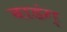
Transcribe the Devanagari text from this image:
बाडंग्